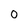
Character: 0